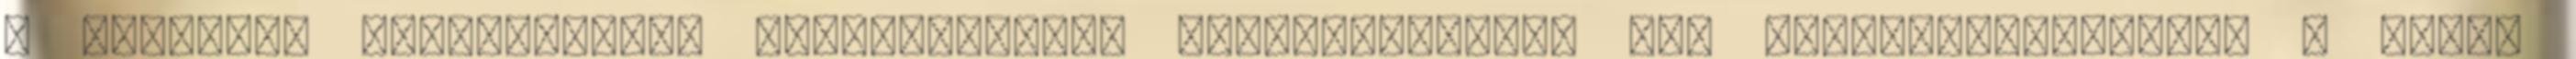
a globális kereskedelem szempontjából legjelentősebb két nyersolajkeverék, a Brent